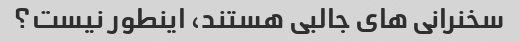
سخنرانی های جالبی هستند، اینطور نیست؟